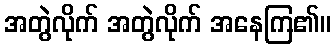
အတွဲလိုက် အတွဲလိုက် အနေကြ၏။